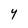
Character: Y